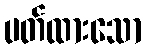
ပတ်ထားသော